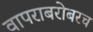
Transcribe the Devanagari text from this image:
वापराबरोबरच